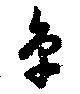
單